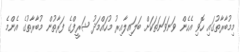
މިމުބާރާތުގައި ހޮވި އެހެން ވަނަވަނަތަކަށް ބަލައިލާއިރު މުހައްމަދު ޝަރީފްގެ ފަރާތުން މުބާރާތުގެ އެންމެ